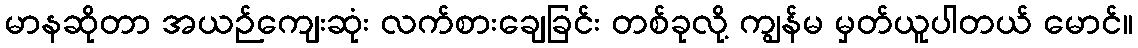
မာနဆိုတာ အယဉ်ကျေးဆုံး လက်စားချေခြင်း တစ်ခုလို့ ကျွန်မ မှတ်ယူပါတယ် မောင်။